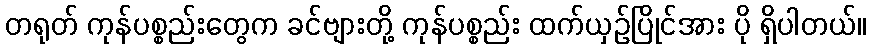
တရုတ် ကုန်ပစ္စည်းတွေက ခင်ဗျားတို့ ကုန်ပစ္စည်း ထက်ယှဉ်ပြိုင်အား ပို ရှိပါတယ်။